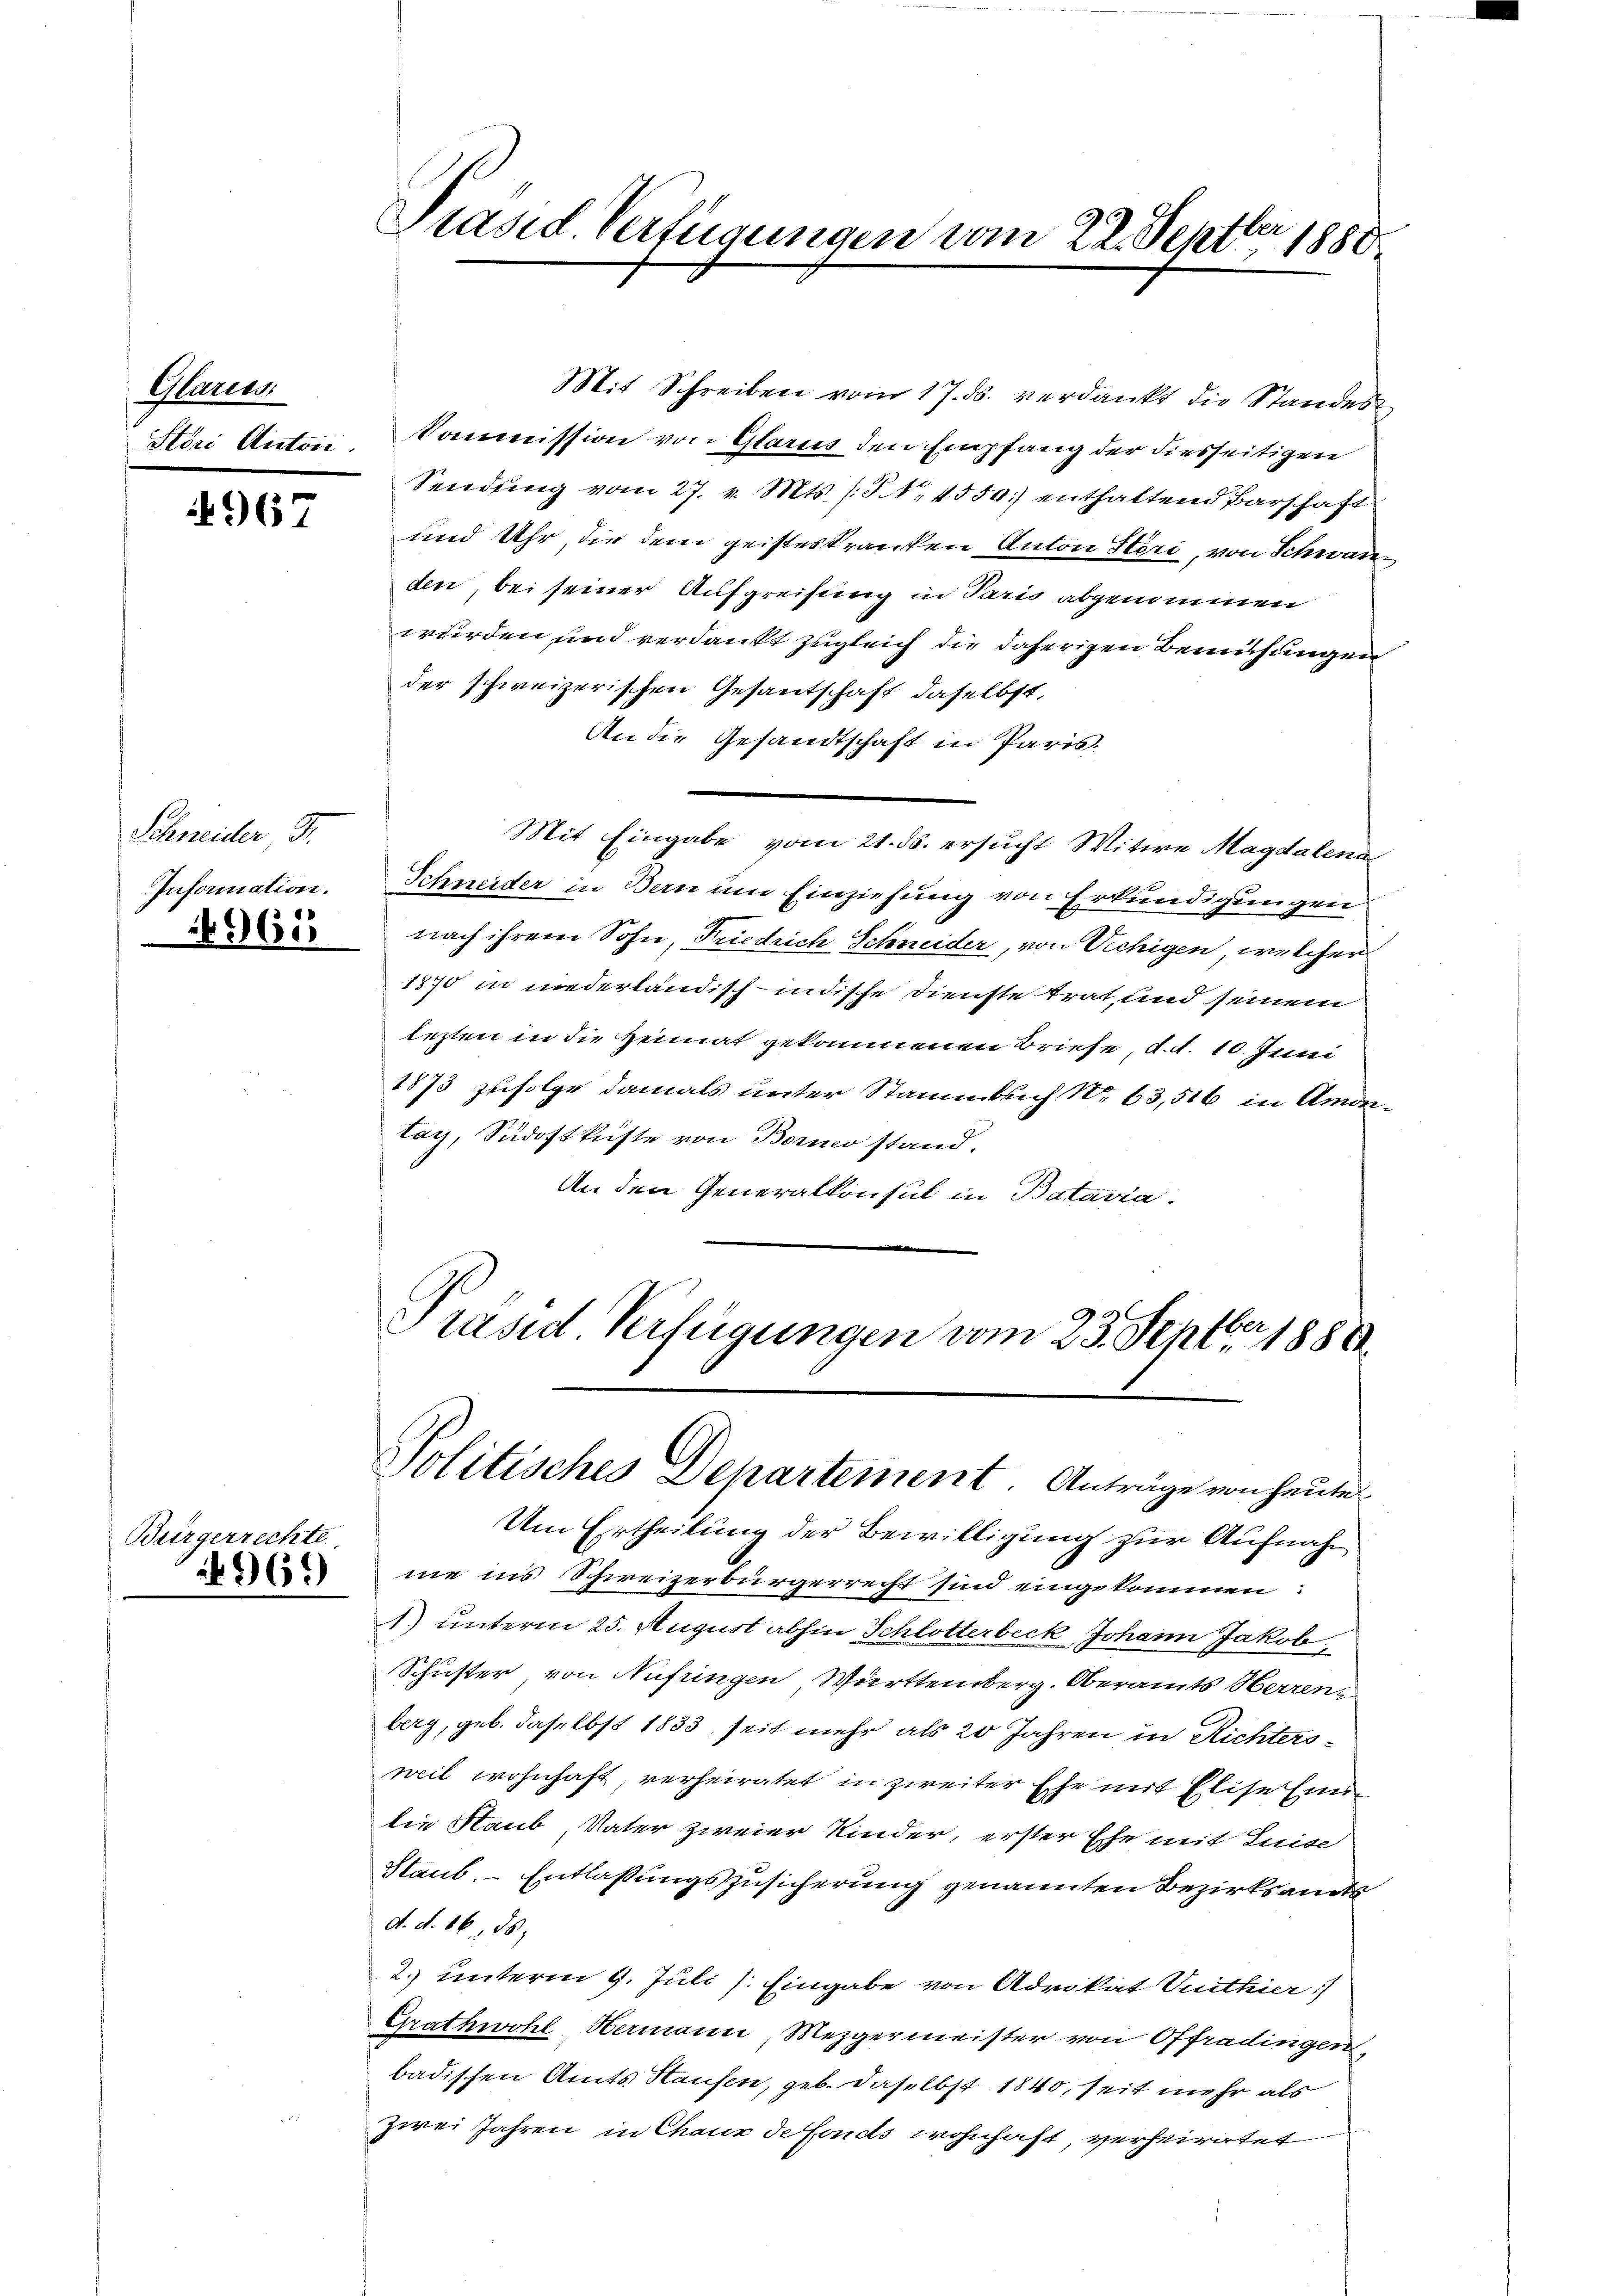
Klarens
Störi Anton.

967

Schneider Fr.
Information.

4961

Bürgerrechte
496)

Präsid Verfügungen vom 22. Septbr 1880

Präsid Verfügungen vom 23. Septbr 1888
Politisches Departement. Anträge von heute
Um Ertheilung der Bewilligung zur Aufnah¬

Mit Schreiben vom 17. ds. verdankt die Standes
Commission von Glarus den Empfang der diesseitigen
Sendung vom 27. v. Mts. (S. 4550) enthaltend Barschaft
und Uhr, die dem geisteskranken Anton Steri, von Schwaren
den, bei seiner Aufgreifung in Paris abgenommen
wurden und verdankt zugleich die daherigen Bemühungen
der schweizerischen Gesantschaft daselbst,
An die Gesandtschaft in Paris
Mit Eingabe vom 21. ds. ersucht Witwe Magdalena
Schneider in Bern um Einziehung von Erkundigungen
nach ihrem Sohn, Friedrich Schneider, von Vichigen, welcher
1870 in niederländisch-indische Dienste trat, und seinem
lezten in die Heimat gekommenen Briefe, d. d. 10. Juni
1873 zufolge damals unter Stammbach No. 63,516 in Amonlag, Südostküste von Borno stand.
An den Generalkonsul in Batavia.

me ins Schweizerbürgerrecht sind eingekommen:
1.) unterm 25. August abhin Schlotterbeck Johann Jakob
Schuster von Nufringen Wierttemberg, Oberamts Herrenz
berg, geb. Joselbst 1833, seit mehr als 20 Jahren in Richtersweil wohnhaft, verheiratet in zweiter Ehe mit Elise Ein
die Haub Vater zweier Kinder, erster Ehe mit Luise
Staub. Entlaßungszusicherung genannten Bezirksamtsd. d. 16. ds.
2. unterm 9. Juli /: Eingabe von Advokat Vuithier
Grathwohl Hermann Mezgermeister von Offradingen,
badischen Amts Hausen, geb. daselbst 1840, seit mehr als
zwei Jahren in Chaux de fonds wohnhaft, verheiratet